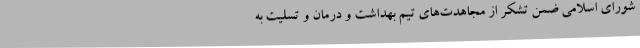
شورای اسلامی ضمن تشکر از مجاهدت‌های تیم بهداشت و درمان و تسلیت به